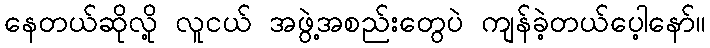
နေတယ်ဆိုလို့ လူငယ် အဖွဲ့အစည်းတွေပဲ ကျန်ခဲ့တယ်ပေ့ါနော်။